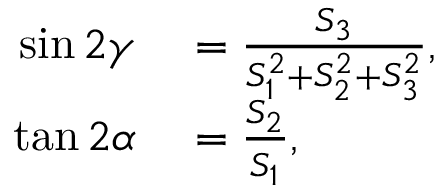
\begin{array} { r l } { \sin 2 \gamma } & { { } = \frac { S _ { 3 } } { S _ { 1 } ^ { 2 } + S _ { 2 } ^ { 2 } + S _ { 3 } ^ { 2 } } , } \\ { \tan 2 \alpha } & { { } = \frac { S _ { 2 } } { S _ { 1 } } , } \end{array}